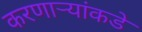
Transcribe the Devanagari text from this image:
करणाऱ्यांकडे